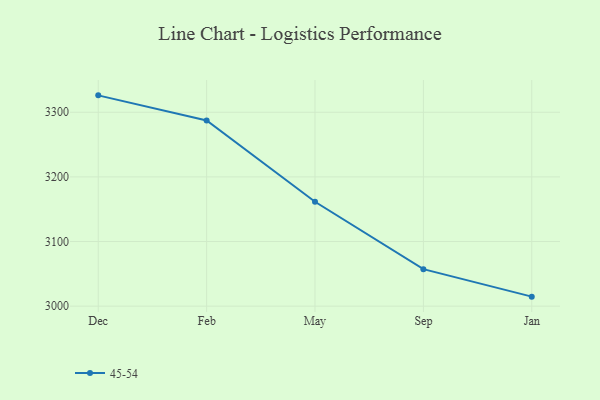
{"axis": {"x": "Month", "y": "Humidity (%)"}, "legend": ["45-54"], "data": [{"x": "Dec", "y": 3326.2, "type": "45-54"}, {"x": "Feb", "y": 3287.3, "type": "45-54"}, {"x": "May", "y": 3161.5, "type": "45-54"}, {"x": "Sep", "y": 3057.2, "type": "45-54"}, {"x": "Jan", "y": 3014.7, "type": "45-54"}]}